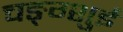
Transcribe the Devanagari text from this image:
चङ्ग्शुई